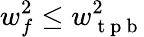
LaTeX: w_{f}^{2}\leq w_{\mathrm{~t~p~b~}}^{2}